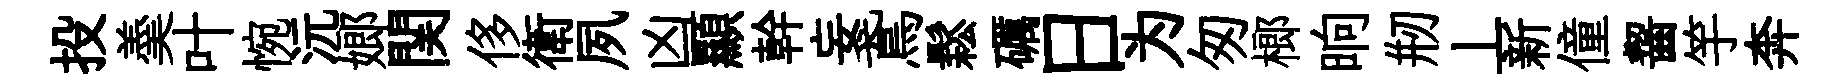
投羮叶惋沅嫏関侈衛夙凶顯幹妄鳶鬆礪日为匆榔晌剏丄新僮齧竽奔